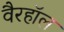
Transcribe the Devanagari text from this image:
वैरहॉल